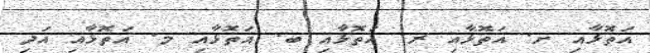
އަތޮޅާއި ށ. އަތޮޅާއި ރ. އަތޮޅާއި ބ. އަތޮޅާއި މ. އަތޮޅާއި އަދި